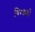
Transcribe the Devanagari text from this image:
थिरकवाँ